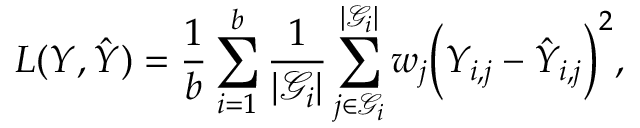
L ( Y , \hat { Y } ) = \frac { 1 } { b } \sum _ { i = 1 } ^ { b } \frac { 1 } { | \mathcal { G } _ { i } | } \sum _ { j \in \mathcal { G } _ { i } } ^ { | \mathcal { G } _ { i } | } w _ { j } \Bigl ( Y _ { i , j } - \hat { Y } _ { i , j } \Bigr ) ^ { 2 } ,